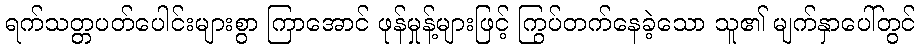
ရက်သတ္တပတ်ပေါင်းများစွာ ကြာအောင် ဖုန်မှုန့်များဖြင့် ကြွပ်တက်နေခဲ့သော သူ၏ မျက်နှာပေါ်တွင်